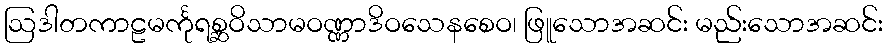
ဩဒါတကာဠမင်္ကုရစ္ဆဝိသာမဝဏ္ဏာဒိဝသေနစေဝ၊ ဖြူသောအဆင်း မည်းသောအဆင်း